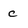
Character: c